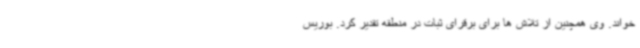
خواند. وی همچنین از تلاش ها برای برقرای ثبات در منطقه تقدیر کرد. بوریس